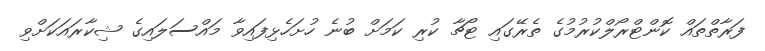
ފަރާތްތައް ކޮންޓްރޯލްކުރުމުގެ ތެރޭގައި ޓޯޗާ ކުރި ކަމަށް ބުނެ ހުށަހެޅިފައިވާ މައްސަލައިގެ ޝިކާރައަކަށްވި